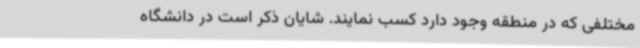
مختلفی که در منطقه وجود دارد کسب نمایند. شایان ذکر است در دانشگاه